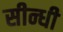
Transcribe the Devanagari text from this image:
सीन्धी